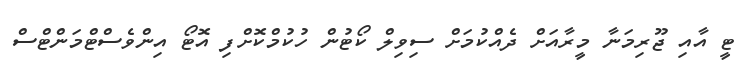
ޓީ އާއި ޖޫރިމަނާ މީރާއަށް ދެއްކުމަށް ސިވިލް ކޯޓުން ހުކުމްކޮށްފި އޮޓޯ އިންވެސްޓްމަންޓްސް